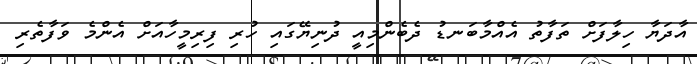
އާދަޔާ ހިލާފަށް ތަފާތު އެއްމާބަނޑު ދެބެންމިއީ ދުނިޔޭގައި ހުރި ފިރިމީހާއަށް އެންމެ ވަފާތެރި